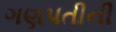
ગણપતીની